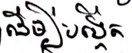
ដើម្បីបង្កើត